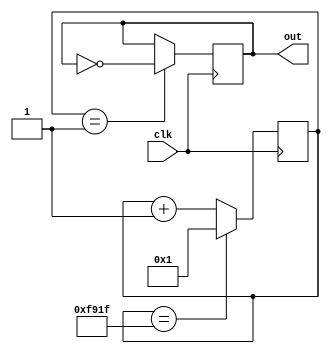
module Low_G (clk, out);
	input clk;
	output out;
	
reg[16:0] clkDivider = 63775;
reg[16:0] counter;

always @(posedge clk)
	if(counter == clkDivider)
		counter <= 1;
	else counter <= counter + 1;
	
reg out;
always @(posedge clk)
	if(counter == 1)
		out <= ~out;

endmodule